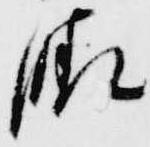
晴